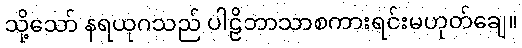
သို့သော် နရယုဂသည် ပါဠိဘာသာစကားရင်းမဟုတ်ချေ။